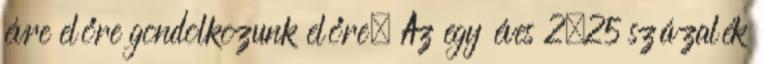
évre előre gondolkozunk előre. Az egy éves 2,25 százalék